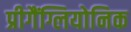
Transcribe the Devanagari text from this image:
प्रीगैंग्लियोनिक